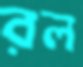
রল